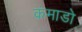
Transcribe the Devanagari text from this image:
कंमाडो